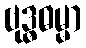
ဗုဒ္ဓဓမ္မာ